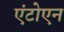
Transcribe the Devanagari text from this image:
एंटोएन